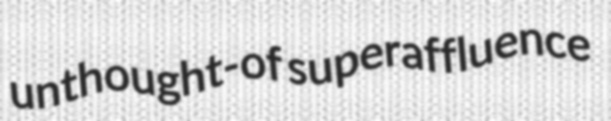
unthought-of superaffluence